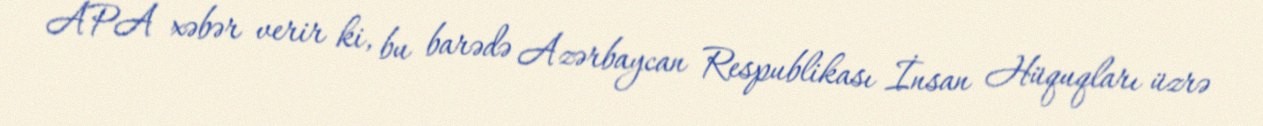
APA xəbər verir ki, bu barədə Azərbaycan Respublikası İnsan Hüquqları üzrə